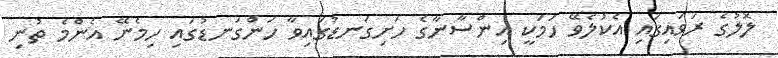
ލޮލުގެ ރަވައިގައި އެކުލެވޭ ހަމަކީ އިންސާނާގެ ހަށިގަނޑުގައިވާ ހަންގަނޑުގައި ހިމެނޭ އެންމެ ތުނި